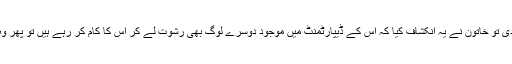
تاہم ایگزامینرنے اُس کی پیش کش ٹھُکرا دی تو خاتون نے یہ انکشاف کیا کہ اُس کے ڈیپارٹمنٹ میں موجود دوسرے لوگ بھی رشوت لے کر اُس کا کام کر رہے ہیں تو پھر وہ کیوں اس سے تعاون کرنے کو تیار نہیں۔